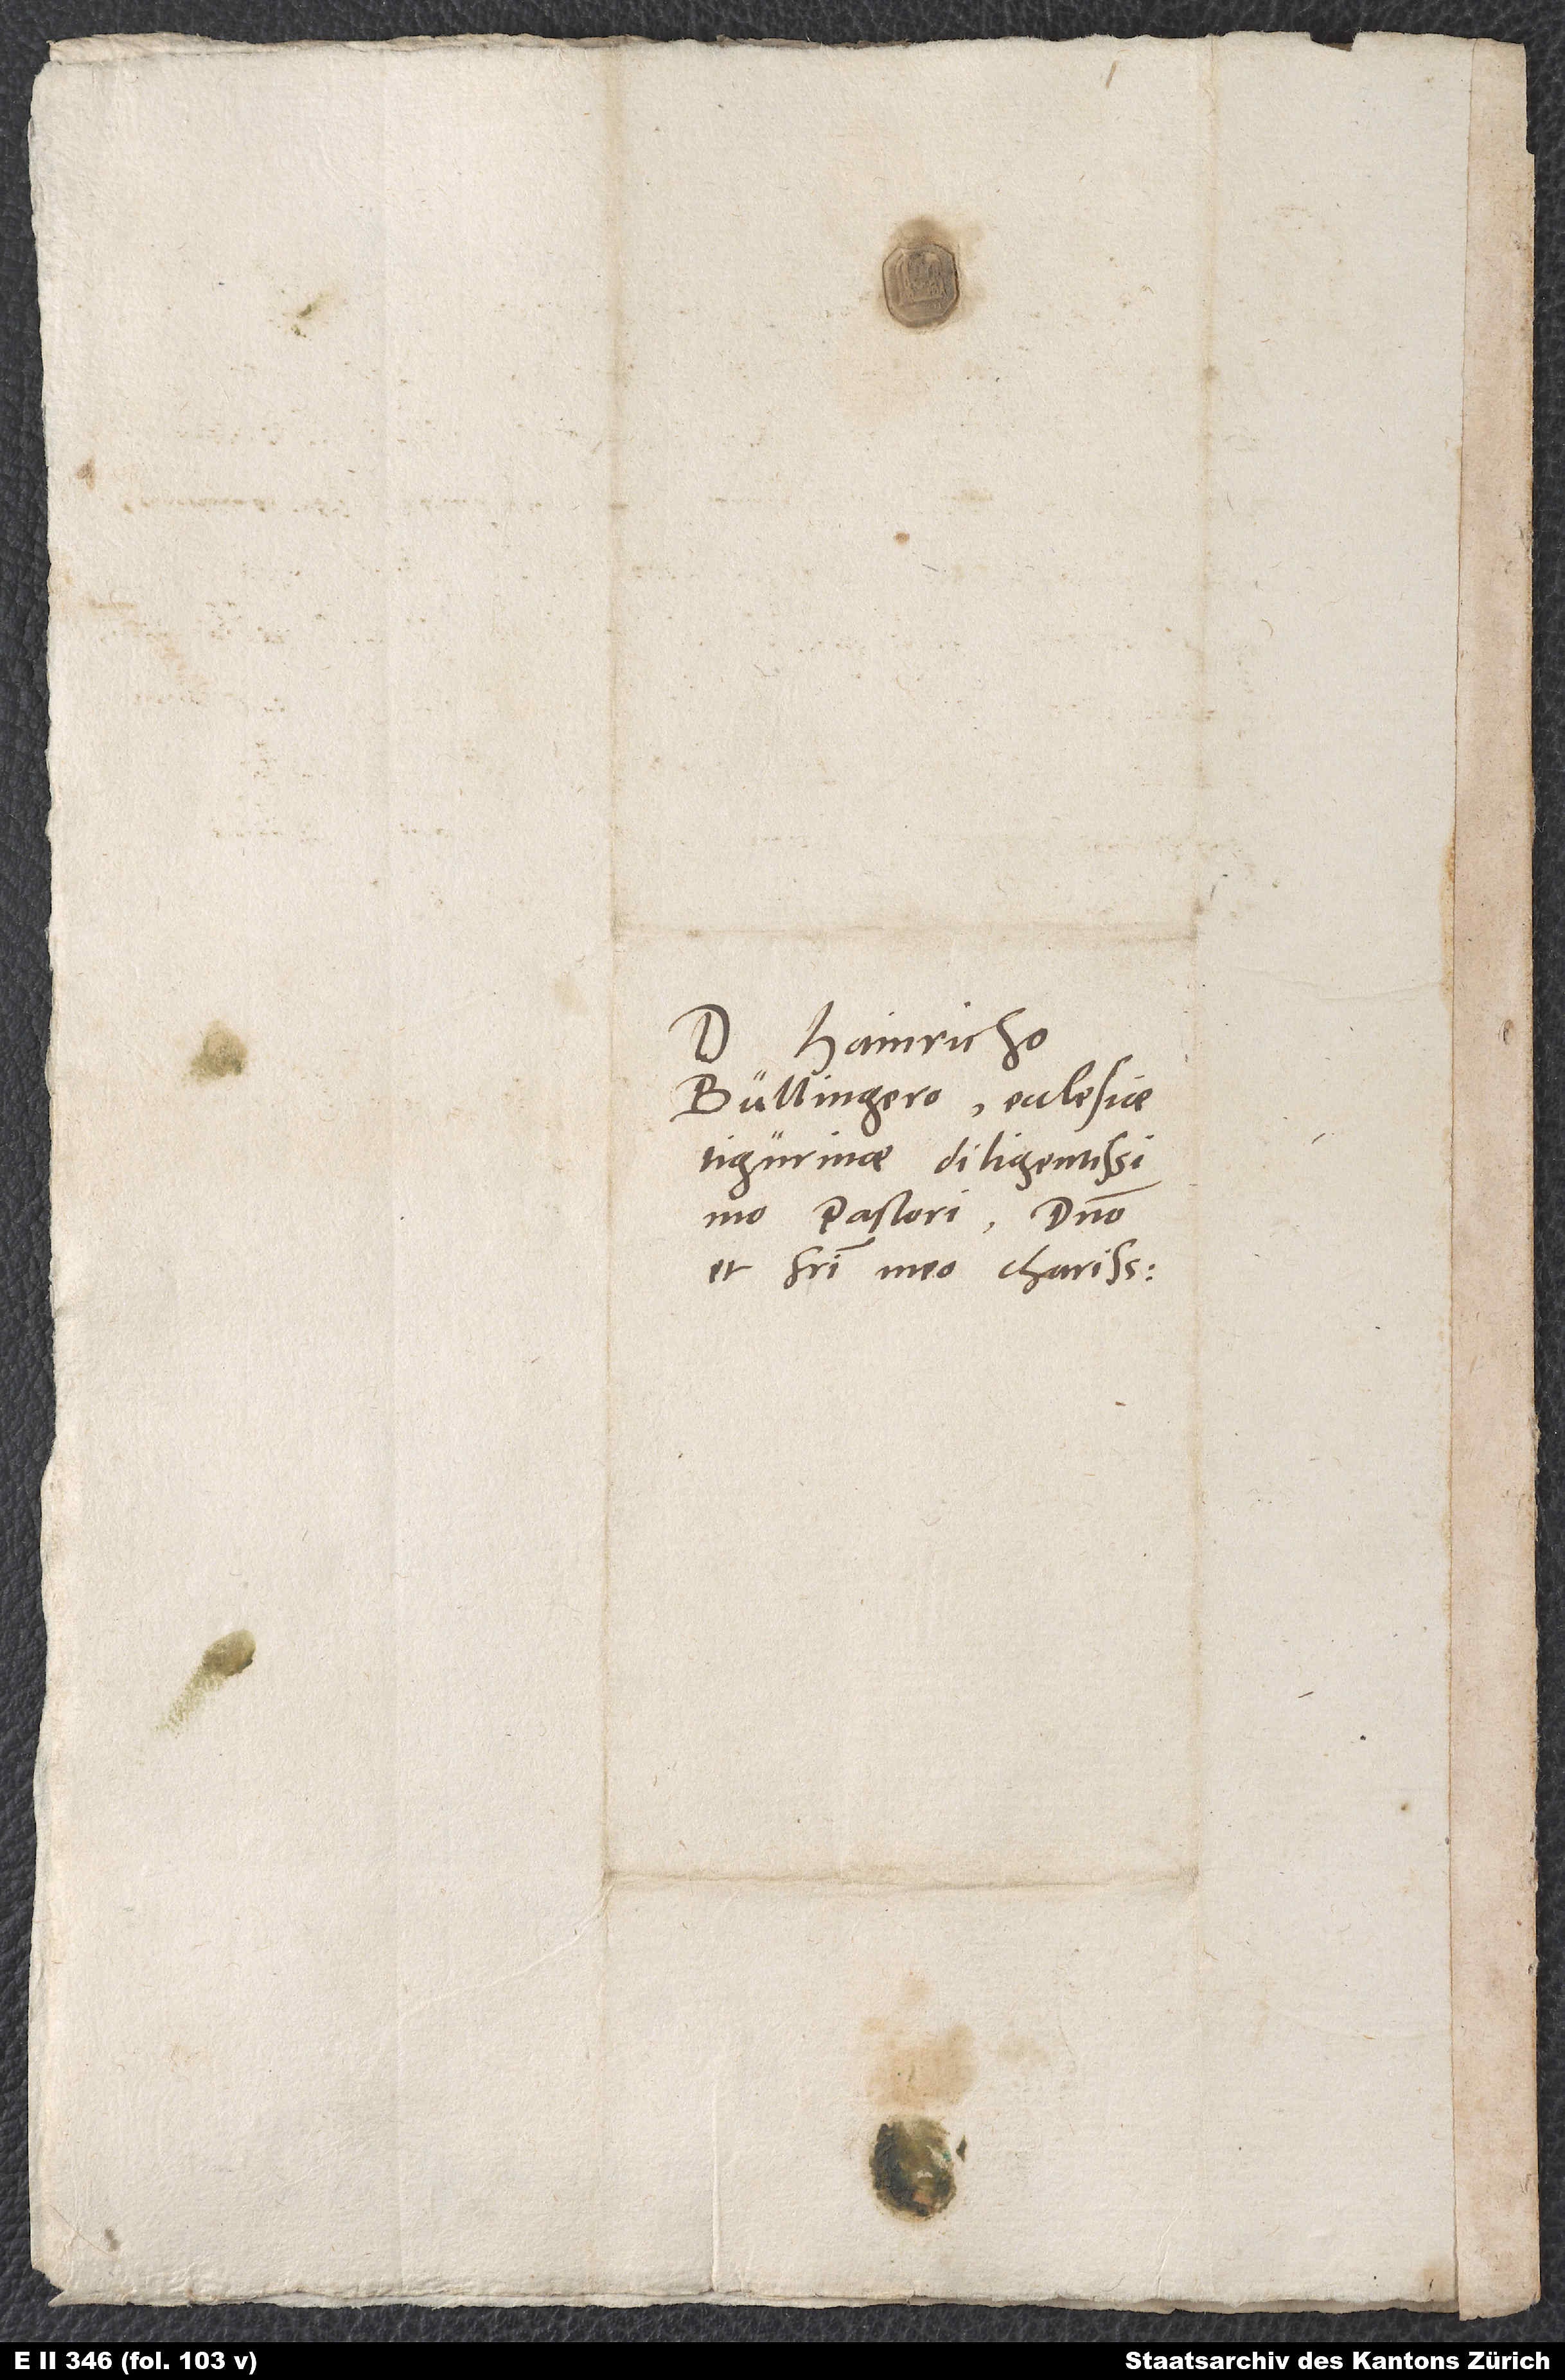
Domino Hainricho
Bullingero, ecclesiae
Tigurinae diligentissimo
pastori, domino
et fratri meo charissimo.